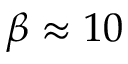
\beta \approx 1 0